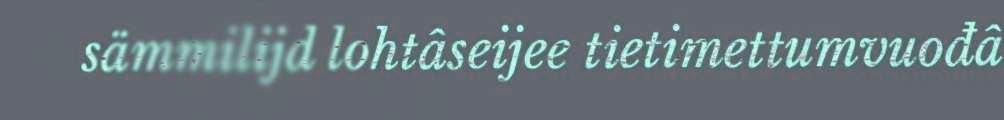
sämmilijd lohtâseijee tietimettumvuođâ